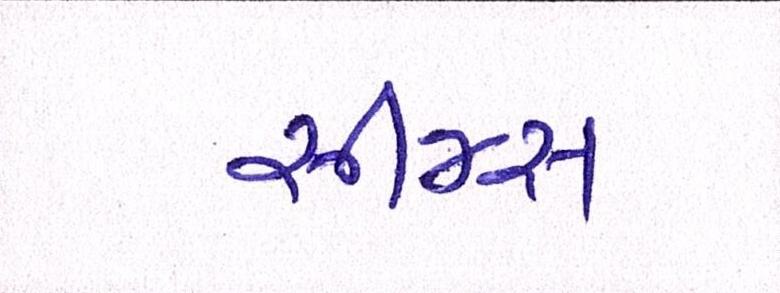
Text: સીમ્સ